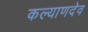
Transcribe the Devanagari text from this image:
कल्याणदेव